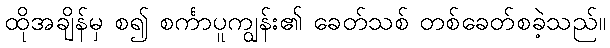
ထိုအချိန်မှ စ၍ စင်္ကာပူကျွန်း၏ ခေတ်သစ် တစ်ခေတ်စခဲ့သည်။